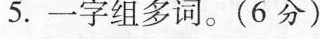
5.一字组多词。(6分)